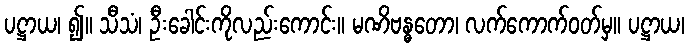
ပဋ္ဌာယ၊ ၍။ သီသံ၊ ဦးခေါင်းကိုလည်းကောင်း။ မဏိဗန္ဓတော၊ လက်ကောက်ဝတ်မှ။ ပဋ္ဌာယ၊